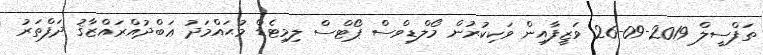
ތަފްސީލް 2019-09-26 ވަޒީފާއިން ވަކިކުރުން މޯލްޑިވްސް ޕޯޓްސް ލިމިޓެޑް މުޙައްމަދު ޢަބްދުއްރައްޒާޤު ދަފްތަރު